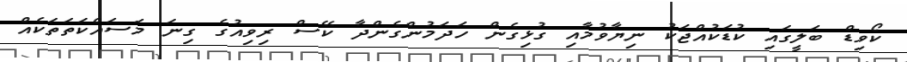
ކޯވިޑް ބަލީގައި ކުޑަކުއްޖަކު ނިޔާވުމާއި ގުޅިގެން ހަދަމުންގެންދާ ކޭސް ރިވިއުގެ ގިނަ މަސައްކަތަތަކެއް